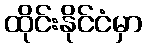
ထိုင်းနိုင်ငံမှာ